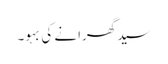
سید گھرانے کی بہو۔